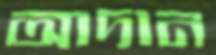
আদান